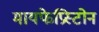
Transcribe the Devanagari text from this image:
मायफेप्रिस्टोन